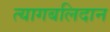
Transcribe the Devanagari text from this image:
त्यागबलिदान